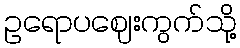
ဥရောပဈေးကွက်သို့